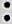
: